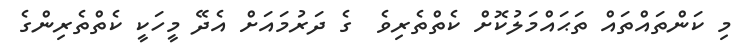
މި ކަންތައްތައް ތަޙައްމަލުކޮށް ކެތްތެރިވެ  ގެ ދަރުމައަށް އެދޭ މީހަކީ ކެތްތެރިންގެ